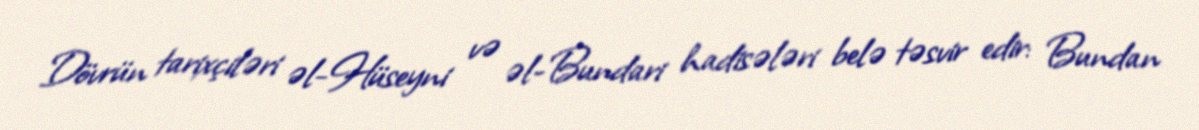
Dövrün tarixçiləri əl-Hüseyni və əl-Bundari hadisələri belə təsvir edir: Bundan